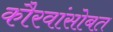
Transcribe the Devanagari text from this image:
कौरवांसोबत